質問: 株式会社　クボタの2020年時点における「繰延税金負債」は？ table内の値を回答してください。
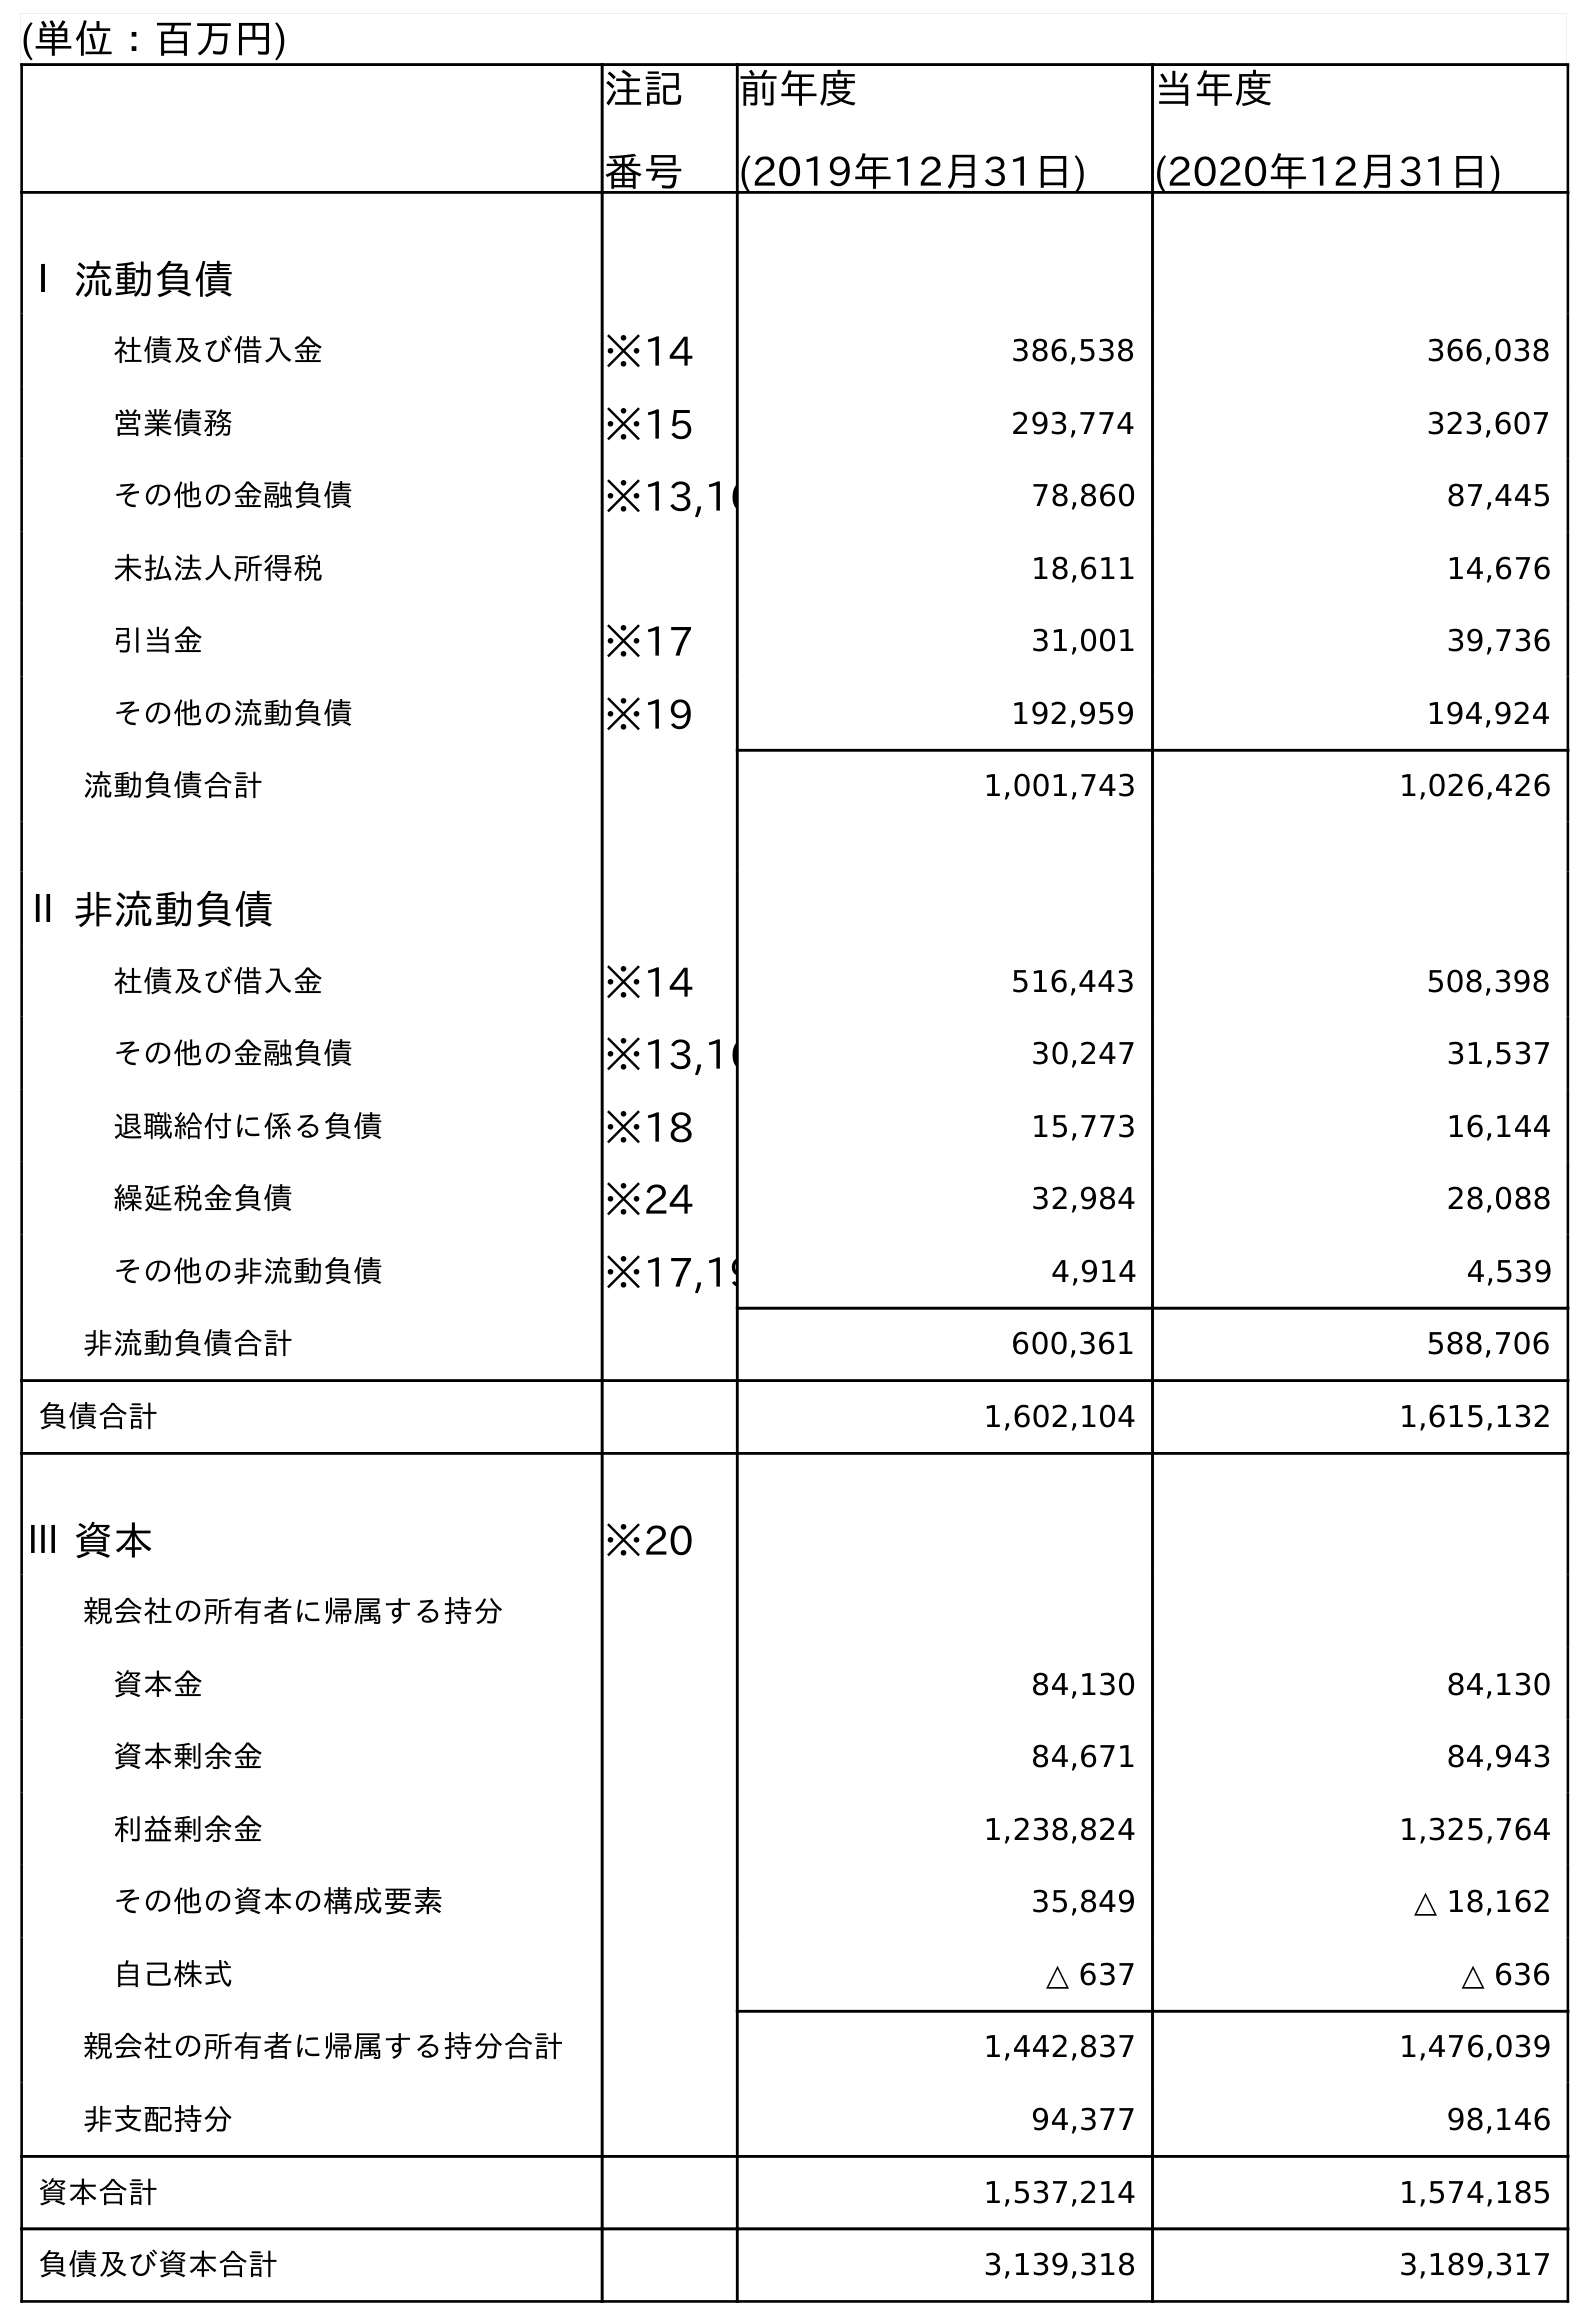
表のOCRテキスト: (単位：百万円) 注記 番号 前年度 (2019年12月31日) 当年度 (2020年12月31日) Ⅰ 流動負債 社債及び借入金 ※14 386,538 366,038 営業債務 ※15 293,774 323,607 その他の金融負債 ※13,16 78,860 87,445 未払法人所得税 18,611 14,676 引当金 ※17 31,001 39,736 その他の流動負債 ※19 192,959 194,924 流動負債合計 1,001,743 1,026,426 Ⅱ 非流動負債 社債及び借入金 ※14 516,443 508,398 その他の金融負債 ※13,16 30,247 31,537 退職給付に係る負債 ※18 15,773 16,144 繰延税金負債 ※24 32,984 28,088 その他の非流動負債 ※17,19 4,914 4,539 非流動負債合計 600,361 588,706 負債合計 1,602,104 1,615,132 Ⅲ 資本 ※20 親会社の所有者に帰属する持分 資本金 84,130 84,130 資本剰余金 84,671 84,943 利益剰余金 1,238,824 1,325,764 その他の資本の構成要素 35,849 △ 18,162 自己株式 △ 637 △ 636 親会社の所有者に帰属する持分合計 1,442,837 1,476,039 非支配持分 94,377 98,146 資本合計 1,537,214 1,574,185 負債及び資本合計 3,139,318 3,189,317
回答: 28,088